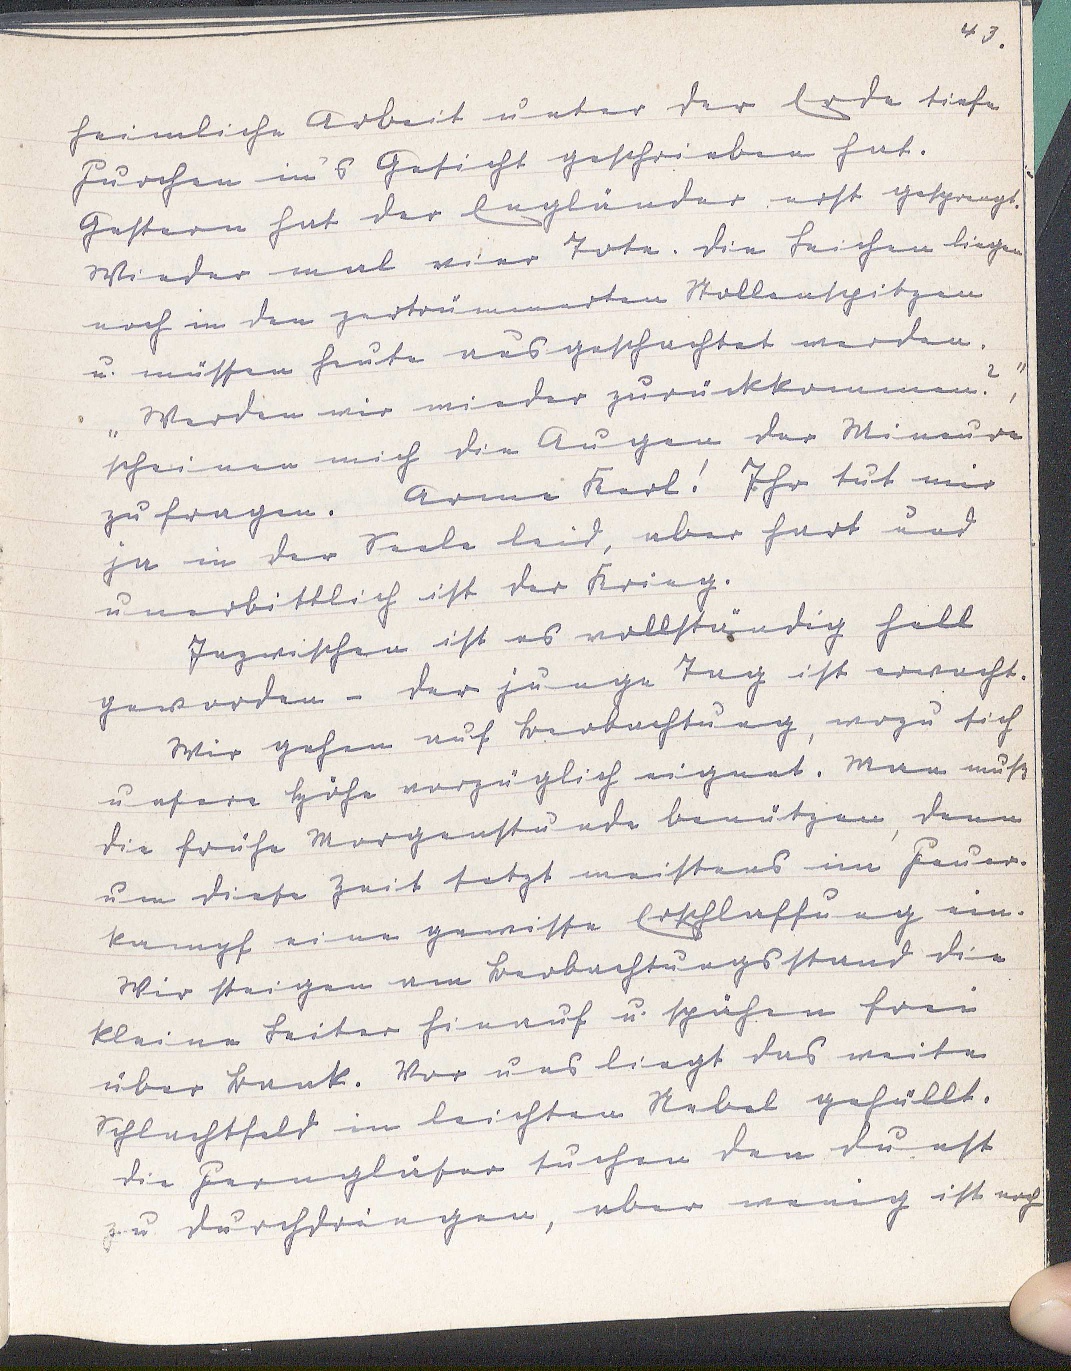
43.
heimliche Arbeit unter der Erde tiefe
Furchen in's Gesicht geschrieben hat.
Gestern hat der Engländer erst gesprengt.
Wieder mal vier Tote. Die Leichen liegen
noch in den zertrümmerten Stollenspitzen
u. müssen heute ausgeschachtet werden.
"Werden wir wieder zurückkommen?",
scheinen mich die Augen der Mineure
zu fragen. Arme Kerl! Ihr tut mir
ja in der Seele leid, aber hart und
unerbittlich ist der Krieg.
Inzwischen ist es vollständig hell
geworden - der junge Tag ist erwacht.
Wir gehen auf Beobachtung, wozu sich
unsere Höhe vorzüglich eignet. Man muß
die frühe Morgenstunde benützen, denn
um diese Zeit setzt meistens im Feuer¬
kampf eine gewisse Erschlaffung ein.
Wir steigen am Beobachtungsstand die
kleine Leiter hinauf u. spähen frei
über Bank. Vor uns liegt das weite
Schlachtfeld in leichten Nebel gehüllt.
Die Ferngläser suchen den Dunst
zu durchdringen, aber wenig ist noch